Vaccination in the Punjab 1919-1929 - 1919-1929
Year: 1919
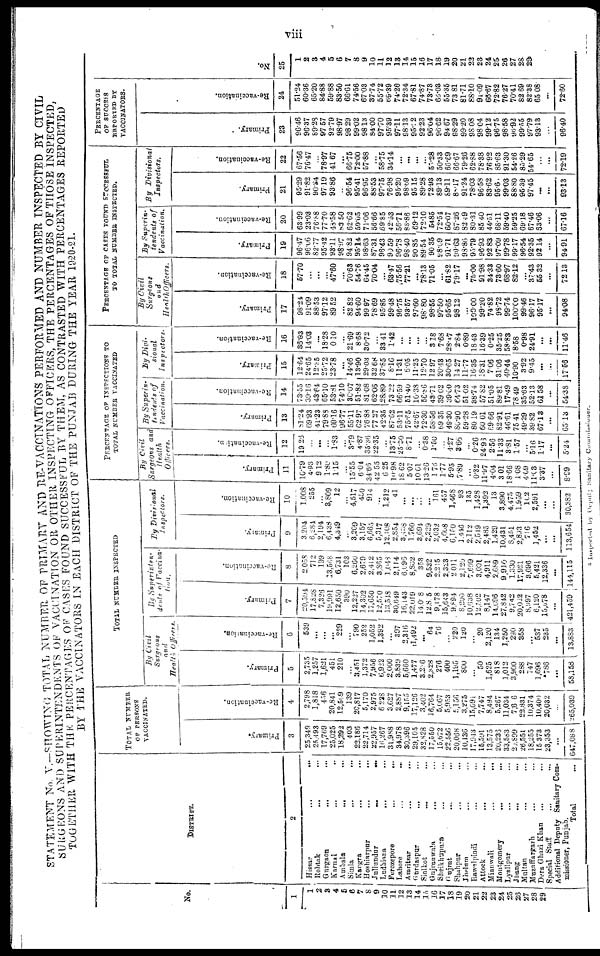
viii
STATEMENT No V.—SHOWTNG TOTAL NUMBER OF PRIMARY AND RE-VACCINATIONS PERFORMED AND NUMBER INSPECTED BY CIVIL
SURGEONS AND SUPERINTENDENTS OF VACCINATION OR OTHER INSPECTING OFFICERS, THE PERCENTAGES OF THOSE INSPECTED,
TOGETHER WITH THE PERCENTAGES OF CASES FOUND SUCCESSFUL BY THEM, AS CONTRASTED WITH PERCENTAGES REPORTED
BY THE VACCINATORS IN EACH DISTRICT OF THE PUNJAB DURING THE YEAR 1920-21.
No.
1
1
2
3
4
5
6
7
8
9
10
11
12
13
14
15
16
17
18
19
20
21
22
23
24
25
26
27
28
29
DISTRICT.
2
Hissar
...
...
Rohtak ... ...
Gurgaon
...
...
Karnal ... ...
Ambala
...
...
Simla ... ...
Kangra
...
...
Hoshiarpur ... ...
Jullundur
...
...
Ludhiana
...
...
Ferozepore
...
...
Lahore
...
...
Amritsar ... ...
Gurdaspur
...
...
Sialkot ... ...
Gujrauwala
...
...
Sheikhapura ... ...
Gujrat ... ...
Shahpur ... ...
Jhelam ... ...
Rawalpindi ... ...
Attock ... ...
Mianwali
...
...
Montgomery
...
...
Lyallpur ... ...
Jhang ... ...
Multan ... ...
Muzaffargarh ... ...
Dera Ghazi Khan ... ...
Special Staff ... ...
Additional Deputy Sanitary Com-
missioner, Punjab.
Total ...
TOTAL NUMBER
OF PERSONS
VACCINATED.
Primary.
3
25,349
25,493
17,769
25,025
18,392
403
22,186
22,714
22,957
16,267
31,988
34,978
30,396
29,105
32,627
17,550
15,672
22,556
20,068
10,136
17,943
15,591
13,575
20,236
33,583
20,899
28,551
18,255
15,373
23,353
...
647,088
Re-vaccination.
4
2,798
1,818
456
20,841
12,569
139
20,817
5,170
2,975
6 228
3,627
2,887
9,165
17,126
3,402
16,764
5,067
5,953
5,156
3,275
15,091
7,747
8,494
5,267
11,034
7,606
22,831
10,374
10,400
20,032
...
265,039
TOTAL NUMBER INSPECTED
By Civil
Surgeons
and
Health officers.
Primary.
5
2,735
1,257
1,621
451
210
...
3,451
1,372
7,956
6,922
2,000
3,839
5,660
1,477
3,266
2,328
276
400
1,195
800
...
50
1,625
818
1,012
3,900
288
747
1,696
1786
...
58,158
Re-vaccination.
6
539
...
...
...
229
...
790
252
1,052
1,392
...
397
2,316
l,492
...
64
76
...
220
120
...
20
2,120
134
1,250
290
358
...
537
235
...
13,883
By Superinten-
dents of Vaccina-
tion.
Primary.
7
20,594
17,829
7,326
19,991
12,650
390
12,227
14,302
17,650
12,570
13,518
30,649
16,143
22,019
14,013
12,815
9,178
15,643
9,894
8,200
10,638
12,302
8,147
14,696
27,842
9,742
20,022
8,997
6,120
15,678
...
121,459
Re-vaccination.
8
2,058
712
199
13,588
6,731
103
6,260
2,679
2,412
3,865
1,048
2,114
6,096
8,802
353
9,532
2,215
2,323
2,011
2,120
7,699
3,001
4,911
2,689
9,910
1,330
17,921
3,696
5,421
12,336
...
144,115
By Divisional
Insptetors.
Primary.
9
3,204
6,284
2,194
6,438
4,349
...
3,269
3,157
6,665
5,317
12,308
2,854
3,438
1,760
3,694
2,229
2,032
4,608
6,150
1,446
2,112
2,519
2,485
1,429
10,431
8,45l
2,893
716
1,452
...
...
113,654
Re-vaccination.
10
1,008
255
...
3,809
12
...
4,517
450
914
...
1,212
41
...
...
...
...
161
457
1,468
93
135
1,428
1,392
13
3,890
4,475
1,959
162
2,591
...
...
30,382
PERCENTAGE OF INSPECTIONS TO
TOTAL NUMBER VACCINATED
By
Civil
Surgeons and
Health
Officers.
Primary.
11
10.79
4.83
9.12
1.80
1.15
...
15.55
6.04
34.66
42.55
6.25
10.98
18.62
5.07
10.61
13.26
1.76
1.77
5.95
7.89
...
0.32
11.97
4.04
3.01
18.66
1.08
4.09
11.03
3.37
...
8.99
Re-vaccination.
12
19.26
...
...
...
1.83
...
3.79
4.87
35.36
22.35
...
13.75
25.30
8.71
...
0.38
1.50
...
4.27
3.66
...
0.26
24.96
2.56
11.33
8.81
1.57
...
5.16
1.17
...
5.24
By Superin-
tendents of
Vaccination.
Primary.
13
81.24
69.93
41.23
79.83
69.16
96.77
55.11
62.97
76.88
77.27
42.35
87.62
53.11
75.65
42.67
72.30
58.56
69.35
49.30
80.90
59.28
80.19
60.01
69.66
82.91
46.61
75.41
49.29
39.82
67.13
...
65.13
Re-vaccination.
14
73.55
39.16
43.64
65.10
53.81
74.10
36.07
51.82
81.08
62.06
28.89
73.22
66.59
51.40
10.38
56.86
43.71
39.02
39.60
64.73
51.02
38.74
57.82
51.05
89.81
17.49
78.49
35.63
52.13
61.58
...
54.38
By Divi-
sional
Inspectors.
Primary.
15
12.64
24.65
12.35
25.72
23.78
...
14.46
13.90
29.03
32.68
37.85
8.16
11.31
6.05
11.25
12.70
12.97
20.43
30.65
14.27
11.77
16.35
18.31
7.06
31.06
40.44
10.90
3.92
9.45
...
...
17.56
Re-vaccination.
16
33.03
14.03
...
18.28
0.10
...
21.69
8.68
30.72
...
33.41
1.42
...
...
...
...
3.18
7.68
28.47
2.84
0.89
18.43
16.39
0.25
35.25
58.83
8.58
0.98
24.91
...
...
11.46
PERCENTAGE OF CASES FOUND SUCCESSFUL
TO TOTAL NUMBER INSPECTED.
By Civil
Surgeons
and
Health Officers.
Primary.
17
98.24
91.09
88.53
97.12
89.52
...
82.82
94.60
99.97
78.69
95.85
99.48
96.75
93.57
97.60
98.80
98.55
97.50
95.65
98.12
...
100.00
99.20
74.82
98.72
99.74
100.00
99.46
96.17
95.17
...
94.08
Re-vaccination.
18
57.0
...
...
...
47.60
...
70.63
54.76
64.45
70.04
...
63.47
75.56
77.21
...
78.13
71.05
...
61.82
79.17
...
75.00
91.98
34.33
73.60
68.97
82.12
...
37.43
55.32
...
72.13
By Superin-
tendents of
Vaccination.
Primary.
19
96.47
96.06
82.77
95.42
93.11
98.97
94.82
95.14
98.63
87.31
96.43
90.59
96.78
98.40
90.85
89.54
90.35
98.69
91.71
99.63
98.86
95.79
96.93
92 83
97.09
99.78
99.17
96.54
92.35
92.14
...
94.91
Re-vaccination.
20
63.99
23.03
76.88
77.70
48.58
83.50
62.62
69.05
71.06
56.66
69.85
42.53
56.71
83.86
69.12
72.10
54.85
72.54
60.07
87.26
82.49
80.31
85.40
44.51
68.11
59.40
59.25
69.18
67.46
63.06
...
67.16
By Divisional
Inspectors.
Primary.
21
95.29
91.82
90.84
97.19
93.86
...
96.54
95.41
96.95
88.53
97.75
76.98
95.20
98.69
95.15
89.28
72.93
89.13
89.11
88.17
91.24
78.03
96.58
83.62
95.60
99.03
88.80
95.39
97.45
...
...
93.13
Re-vaccination.
22
67.56
76.47
...
78.97
41.67
...
66.75
72.00
57.88
...
58.75
34.14
...
...
...
...
55.28
50.33
66.69
66.67
79.26
62.88
78.38
76.92
85.63
91.30
54.26
85.29
54.65
...
...
72.19
PERCENTAGE
OF SUCCESS
REPORTED BY
VACCINATORS.
Primary.
23
96.46
96.37
89.28
97.57
92.70
98.97
98.29
99.02
98.13
84.00
97.70
95.39
97.11
98.13
95.22
92.23
96.04
96.62
94.67
98.29
99.20
98.08
98.04
99.12
96.75
98.58
96.92
99.55
97.79
93.13
...
96.40
Re-vaccination.
24
51.24
60.36
65.20
84.88
59.88
83.50
66.61
74.56
67.03
37.74
55.72
69.39
74.26
72.34
67.81
74.87
73.73
66.03
55.35
73.81
81.71
88.10
91.09
66.67
72.82
76.27
70.41
82.69
82.38
65.08
...
72.60
No.
25
1
2
3
4
5
6
7
8
9
10
11
12
13
14
15
16
17
18
19
20
21
22
23
24
25
26
27
28
29
* Inspected by
Deputy Sanitary Commissioner.